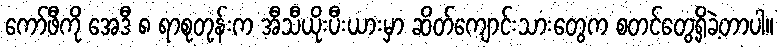
ကော်ဖီကို အေဒီ ၈ ရာစုတုန်းက အီသီယိုးပီးယားမှာ ဆိတ်ကျောင်းသားတွေက စတင်တွေ့ရှိခဲ့တာပါ။